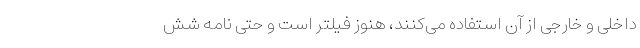
داخلی و خارجی از آن استفاده می‌کنند، هنوز فیلتر است و حتی نامه شش